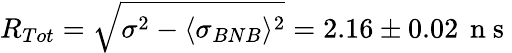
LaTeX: R_{Tot}=\sqrt{\sigma^{2}-\langle\sigma_{BNB}\rangle^{2}}=2.16\pm 0.02\, \mathrm{~n~s~}